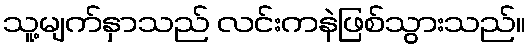
သူ့မျက်နှာသည် လင်းကနဲဖြစ်သွားသည်။